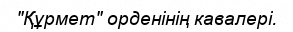
"Құрмет" орденінің кавалері.